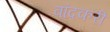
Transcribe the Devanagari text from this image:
बांदकरी